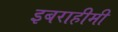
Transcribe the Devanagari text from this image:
इबराहीमी